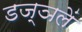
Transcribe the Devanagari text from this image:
डज्ञलें